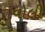
વોલી